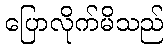
ပြောလိုက်မိသည်